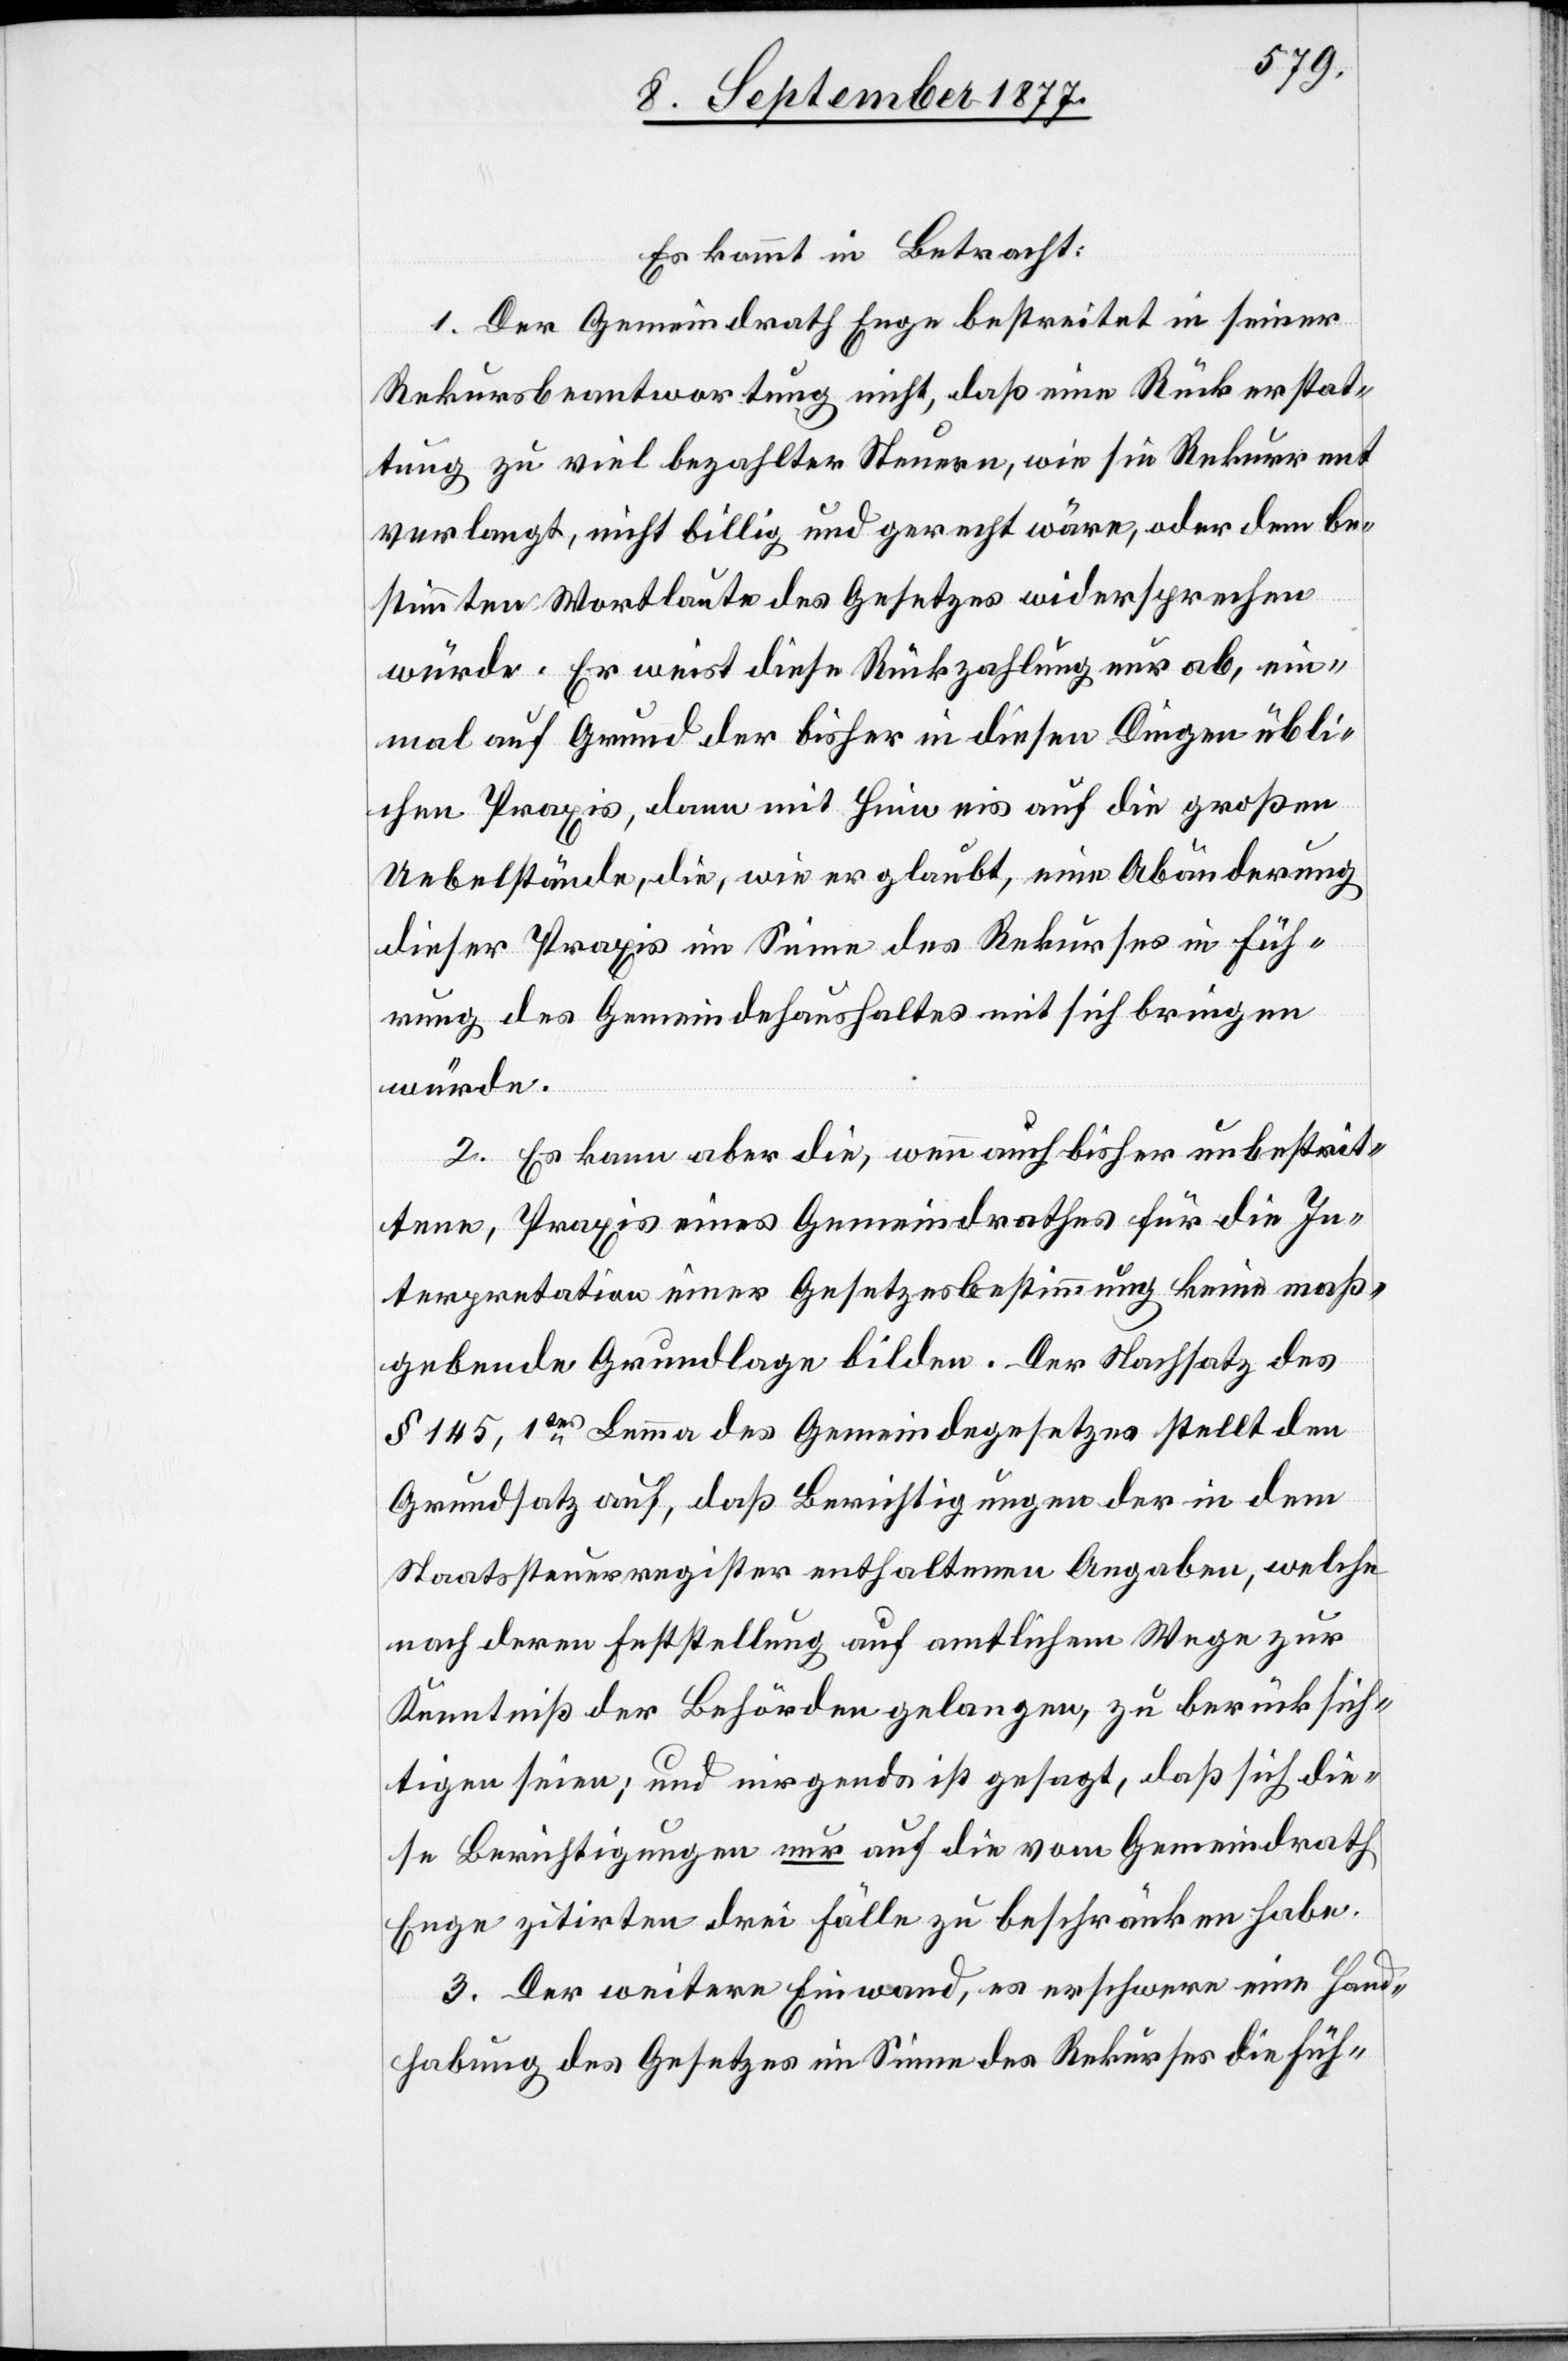
Es kommt in Betracht:
1. Der Gemeindrath Enge bestreitet in seiner
Rekursbeantwortung nicht, daß eine Rückerstat¬
tung zu viel bezahlter Steuern, wie sie Rekurrent
verlangt, nicht billig und gerecht wäre, oder dem be¬
stimmten Wortlaute des Gesetzes widersprechen
würde. Er weist diese Rückzahlung nur ab, ein¬
mal auf Grund der bisher in diesen Dingen übli¬
chen Praxis, dann mit Hinweis auf die großen
Uebelstände, die, wie er glaubt, eine Abänderung
dieser Praxis im Sinne des Rekurses in Füh¬
rung des Gemeindehaushaltes mit sich bringen
würde.
2. Es kann aber die, wenn auch bisher unbestrit¬
tene, Praxis eines Gemeindrathes für die In¬
terpretation einer Gesetzesbestimmung keine maß¬
gebende Grundlage bilden. Der Nachsatz des
§ 145, 1tes Lemma des Gemeindegesetzes stellt den
Grundsatz auf, daß Berichtigungen der in dem
Staatssteuerregister enthaltenen Angaben, welche
nach deren Feststellung auf amtlichem Wege zur
Kenntniß der Behörden gelangen, zu berücksich¬
tigen seien; und nirgends ist gesagt, daß sich die¬
se Berichtigungen nur auf die vom Gemeindrath
Enge zitirten drei Fälle zu beschränken habe[n].
3. Der weitere Einwand, es erschwere eine Hand¬
habung des Gesetzes im Sinne des Rekurses die Füh-